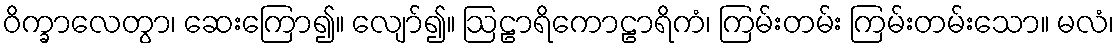
ဝိက္ခာလေတွာ၊ ဆေးကြော၍။ လျော်၍။ ဩဠာရိကောဠာရိကံ၊ ကြမ်းတမ်း ကြမ်းတမ်းသော။ မလံ၊